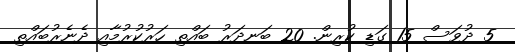
5 ދުވަސް 15 ގަޑި ކުރިން. 20 ބަނދަރު ބައްތި ހަރުކުރުމާއި ދެނެރުބައްތި